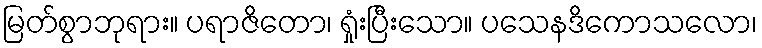
မြတ်စွာဘုရား။ ပရာဇိတော၊ ရှုံးပြီးသော။ ပသေနဒိကောသလော၊